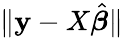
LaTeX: \| \mathbf{y}-X{\hat{\boldsymbol{\beta}}}\|